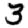
Digit: 3